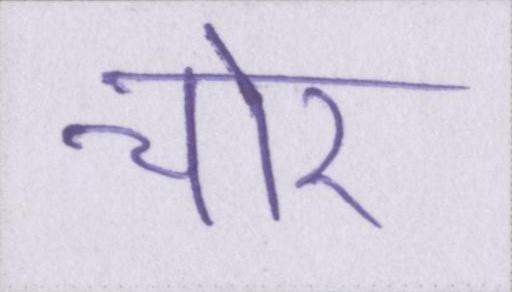
चोर